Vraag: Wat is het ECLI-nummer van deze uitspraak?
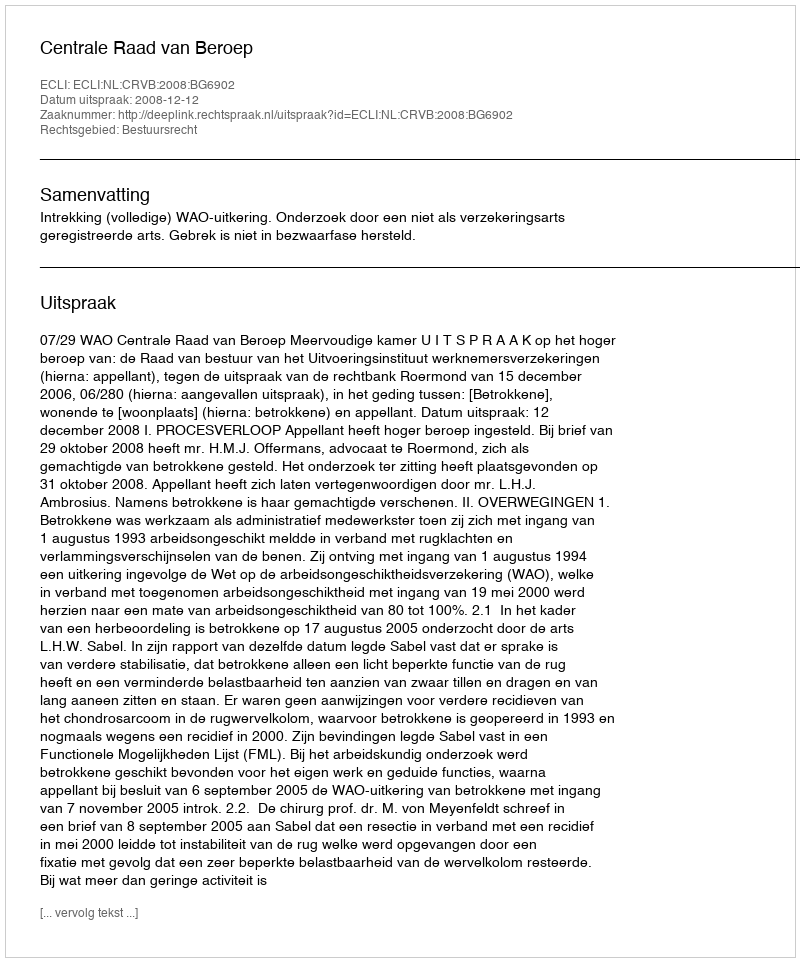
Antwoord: ECLI:NL:CRVB:2008:BG6902